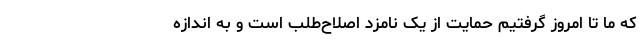
که ما تا امروز گرفتیم حمایت از یک نامزد اصلاح‌طلب است و به اندازه